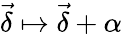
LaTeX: \vec{\delta}\mapsto\vec{\delta}+\alpha